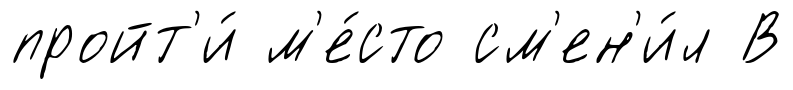
пройт'и́ м'е́сто см'ен'и́л В